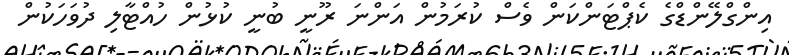
އިންގްލޭންޑްގެ ކެޕްޓަންކަން ވެސް ކުރަމުން އަންނަ ރޫނީ ބުނީ ކުޅުން ހުއްޓާލި ދުވަހަކުން